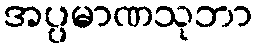
အပ္ပမာဏသုဘာ